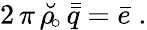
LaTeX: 2\, \pi\, \breve{\rho_{\! \circ}}\, \bar{\bar{q}}=\bar{e}\; .